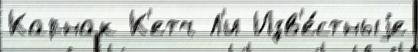
Карнак К'етч Л'и Изв'е́стныjе